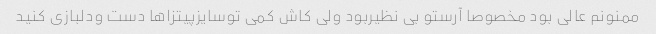
ممنونم عالی بود مخصوصا آرستو بی نظیربود ولی کاش کمی توسایزپیتزاها دست ودلبازی کنید